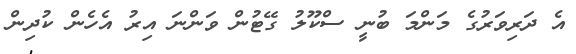
އެ ދަރިވަރުގެ މަންމަ ބުނީ ސްކޫލު ގޭޓުން ވަންނަ އިރު އެހެން ކުދިން